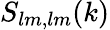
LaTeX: S_{lm,lm}(k)